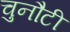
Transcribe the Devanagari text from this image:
चुनौटी